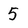
Character: 5